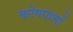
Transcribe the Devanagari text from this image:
कोषपालों